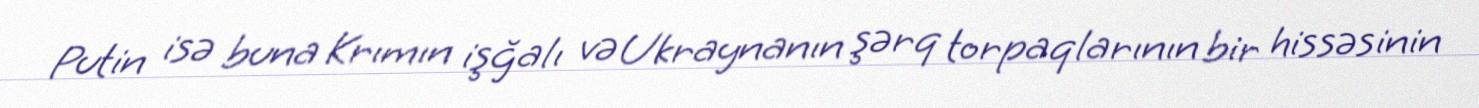
Putin isə buna Krımın işğalı və Ukraynanın şərq torpaqlarının bir hissəsinin